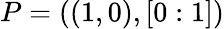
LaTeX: P=((1,0),[0:1])